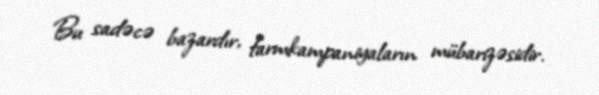
Bu sadəcə bazardır, farmkampaniyaların mübarizəsidir.